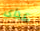
عداي